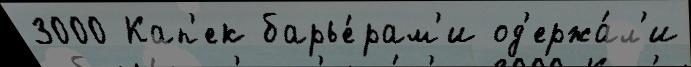
3000 Кап'ек барье́рам'и од'ержа́л'и